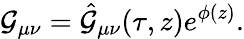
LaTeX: \mathcal{G}_{\mu\nu}=\hat{{\mathcal{G}}}_{\mu\nu}(\tau,z)e^{\phi(z)}.